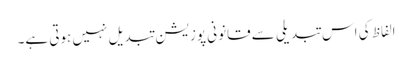
الفاظ کی اس تبدیلی سے قانونی پوزیشن تبدیل نہیں ہوتی ہے۔